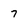
Character: 7